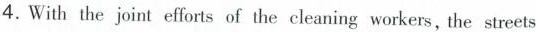
4.With the joint efforts of the cleaning workers, the streets